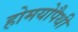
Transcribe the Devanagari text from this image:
होमयोपैथी